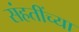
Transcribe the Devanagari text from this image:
संहतींच्या